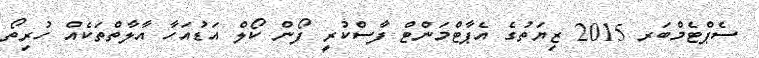
ސެޕްޓެމްބަރ 2015 ޒިޔަތުގެ އެޕާޓްމަންޓް ފާސްކުރީ ފޯން ކޯލް އަޑުއަހާ އާލާތްތަކެއް ހުރިތޯ